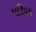
પરિયચ